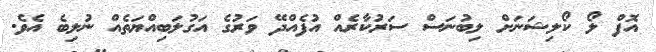
އޮފް ލޯ ކޯލިޝަނަށް ލިބުނަސް ސަރުކާރެއް އުފެއްދޭ ވަރުގެ އަގުލަބިއްޔަތެއް ނުލިބެ އެވެ.